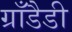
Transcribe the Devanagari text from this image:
ग्राँडैडी